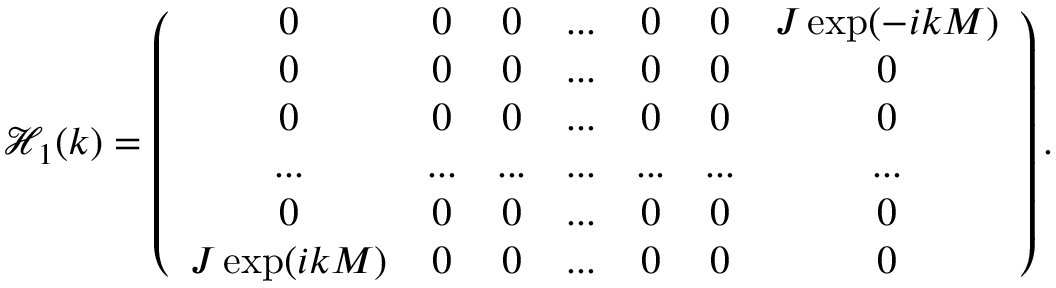
\mathcal { H } _ { 1 } ( k ) = \left( \begin{array} { c c c c c c c } { 0 } & { 0 } & { 0 } & { . . . } & { 0 } & { 0 } & { J \exp ( - i k M ) } \\ { 0 } & { 0 } & { 0 } & { . . . } & { 0 } & { 0 } & { 0 } \\ { 0 } & { 0 } & { 0 } & { . . . } & { 0 } & { 0 } & { 0 } \\ { . . . } & { . . . } & { . . . } & { . . . } & { . . . } & { . . . } & { . . . } \\ { 0 } & { 0 } & { 0 } & { . . . } & { 0 } & { 0 } & { 0 } \\ { J \exp ( i k M ) } & { 0 } & { 0 } & { . . . } & { 0 } & { 0 } & { 0 } \end{array} \right) .